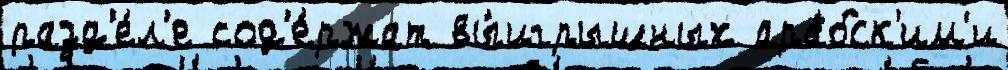
разд'е́л'е сод'е́ржат вы́игрышных ара́бск'им'и